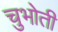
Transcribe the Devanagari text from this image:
चुभोती